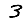
Digit: 3